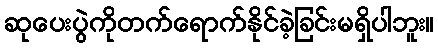
ဆုပေးပွဲကိုတက်ရောက်နိုင်ခဲ့ခြင်းမရှိပါဘူး။